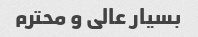
بسیار عالی و محترم